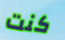
كنت